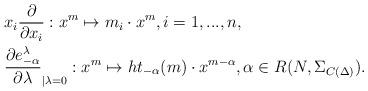
LaTeX: \begin{align*}& x_i \frac{\partial }{\partial x_i}: x^m \mapsto m_i \cdot x^m, i=1,...,n, \\& \frac{\partial e_{-\alpha}^{\lambda}}{\partial \lambda}_{\vert{\lambda = 0}}: x^m \mapsto ht_{-\alpha}(m) \cdot x^{m-\alpha}, \alpha \in R(N,\Sigma_{C(\Delta)}).\end{align*}